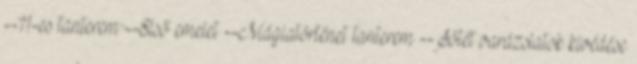
--11-es tanterem --Első emelet --Mágiatörténet tanterem --Sötét varázslatok kivédése